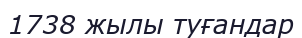
1738 жылы туғандар